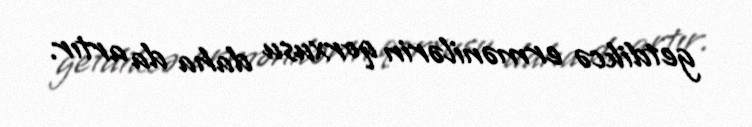
getdikcə ermənilərin qorxusu daha da artır.